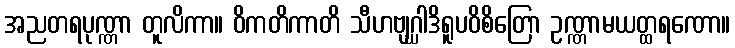
အညတရပုဏ္ဏာ တူလိကာ။ ဝိကတိကာတိ သီဟဗျဂ္ဃါဒိရူပဝိစိတြော ဥဏ္ဏာမယတ္ထရဏော။